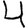
Digit: 4